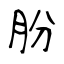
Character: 肦